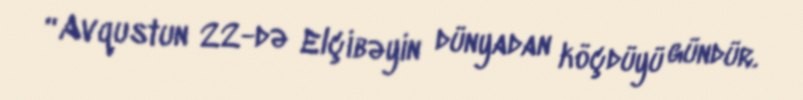
“Avqustun 22-də Elçibəyin dünyadan köçdüyü gündür.